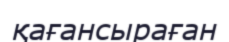
қағансыраған